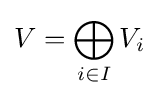
V=\bigoplus _{i\in I}V_{i}